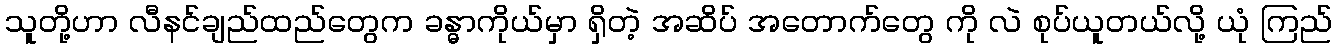
သူတို့ဟာ လီနင်ချည်ထည်တွေက ခန္ဓာကိုယ်မှာ ရှိတဲ့ အဆိပ် အတောက်တွေ ကို လဲ စုပ်ယူတယ်လို့ ယုံ ကြည်